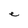
Character: e